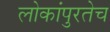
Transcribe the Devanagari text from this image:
लोकांपुरतेच